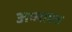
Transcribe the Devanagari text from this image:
अध्याहत